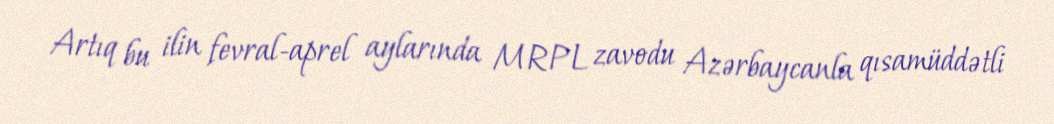
Artıq bu ilin fevral-aprel aylarında MRPL zavodu Azərbaycanla qısamüddətli